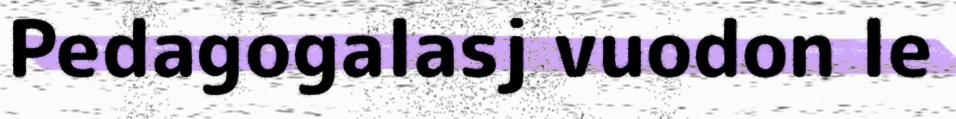
Pedagogalasj vuodon le